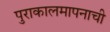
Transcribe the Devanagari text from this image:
पुराकालमापनाची